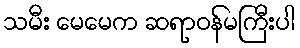
သမီး မေမေက ဆရာဝန်မကြီးပါ